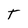
Character: T